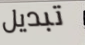
تبديل